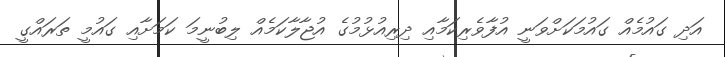
އަދި ގައުމެއް ގައުމަކަށްވަނީ އުފާވެރިކަމާއި ދިރިއުޅުމުގެ އުޖާލާކަމެއް ލިބުނީމަ ކަމަށާއި ގައުމީ ތަރައްގީ